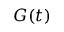
G ( t )